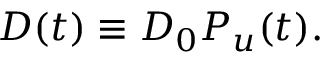
\begin{array} { r } { D ( t ) \equiv D _ { 0 } P _ { u } ( t ) . } \end{array}